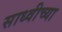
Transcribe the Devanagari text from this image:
साध्वीच्या